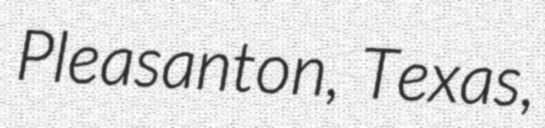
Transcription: Pleasanton, Texas,